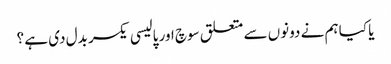
یا کیا ہم نے دونوں سے متعلق سوچ اور پالیسی یکسر بدل دی ہے ؟